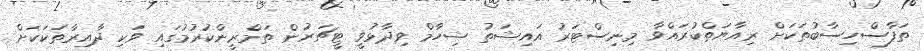
ތަފާސްހިސާބުތަކަށް ރިއާޔަތްކުރައްވާ މިނިސްޓަރު އައިޝަތު ޝިހާމް ވިދާޅުވީ ޓީޗަރުން ތަމްރީންކުރުމުގައި ވަކި ދާއިރާތަކަކަށް